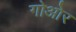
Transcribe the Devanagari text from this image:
गोओर